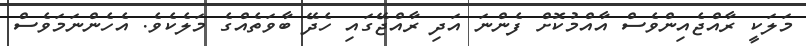
މަލަކީ ރާއްޖެއިންވެސް އާއްމުކޮށް ފެންނަ އަދި ރާއްޖޭގައި ހެދޭ ބާވަތެއްގެ މަލެކެވެ. އެހެންނަމަވެސް